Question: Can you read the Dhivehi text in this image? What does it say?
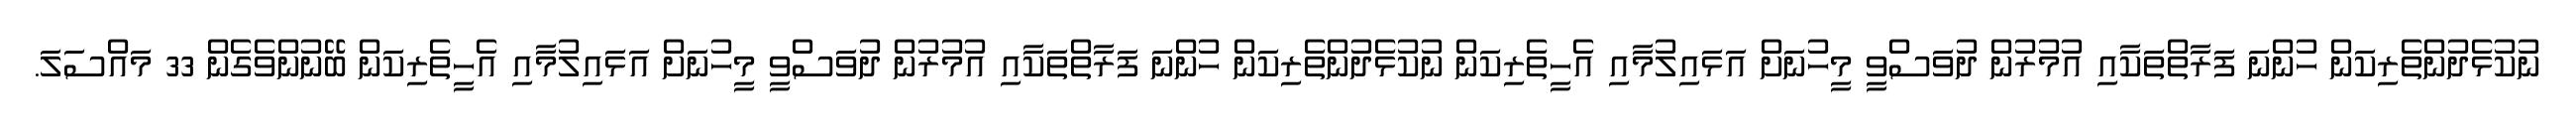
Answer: ނުކުޅެދުންތެރިކަން ހުންނަ ފަރާތްތަކާއި އުމުރުން ދުވަސްވީ މީހުނަށް އަޅައިލުމާއި އެހީތެރިކަން ނުކުޅެދުންތެރިކަން ހުންނަ ފަރާތްތަކާއި އުމުރުން ދުވަސްވީ މީހުނަށް އަޅައިލުމާއި އެހީތެރިކަން ބޭނުންވެގެން 33 މައްސަލަ.